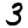
Digit: 3